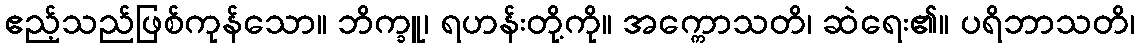
ဧည့်သည်ဖြစ်ကုန်သော။ ဘိက္ခူ၊ ရဟန်းတို့ကို။ အက္ကောသတိ၊ ဆဲရေး၏။ ပရိဘာသတိ၊